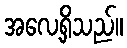
အလေ့ရှိသည်။